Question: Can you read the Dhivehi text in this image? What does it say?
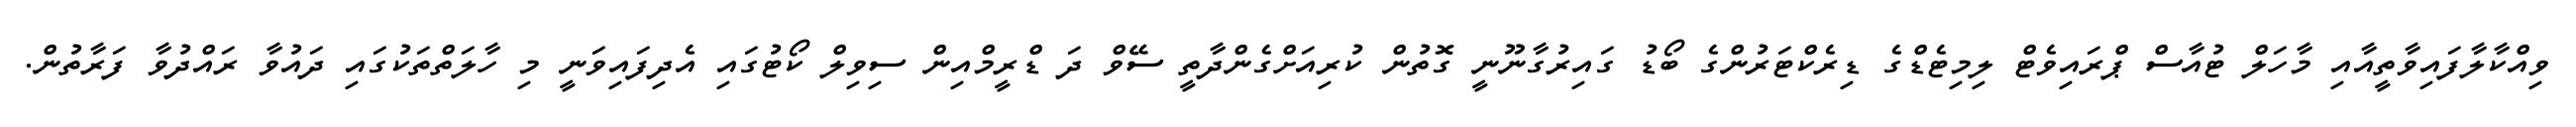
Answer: ވިއްކާލާފައިވާތީއާއި މާހަލް ޓުއާސް ޕްރައިވެޓް ލިމިޓެޑްގެ ޑިރެކްޓަރުންގެ ބޯޑު ގައިރުގާނޫނީ ގޮތުން ކުރިއަށްގެންދާތީ ސޭވް ދަ ޑްރީމްއިން ސިވިލް ކޯޓުގައި އެދިފައިވަނީ މި ހާލަތްތަކުގައި ދައުވާ ރައްދުވާ ފަރާތުން.